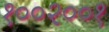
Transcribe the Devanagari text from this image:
१००२००१